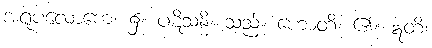
အရူပလောကေ၊ ၌။ ပဋိသန္ဓိ၊ သည်။ ဟောတိ၊ ၏။ ဣတိ၊